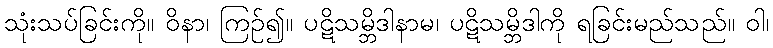
သုံးသပ်ခြင်းကို။ ဝိနာ၊ ကြဉ်၍။ ပဋိသမ္ဘိဒါနာမ၊ ပဋိသမ္ဘိဒါကို ရခြင်းမည်သည်။ ဝါ၊